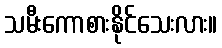
သမီးကောစားနိုင်သေးလား။